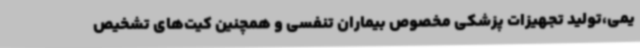
یمی،تولید تجهیزات پزشکی مخصوص بیماران تنفسی و همچنین کیت‌های تشخیص